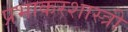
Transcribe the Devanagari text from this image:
प्रभाकरशास्त्री